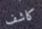
كاشف